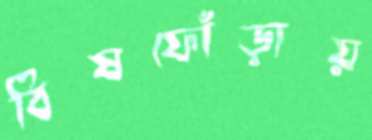
বিষফোঁড়ায়